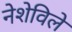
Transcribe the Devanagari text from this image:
नेशेविले